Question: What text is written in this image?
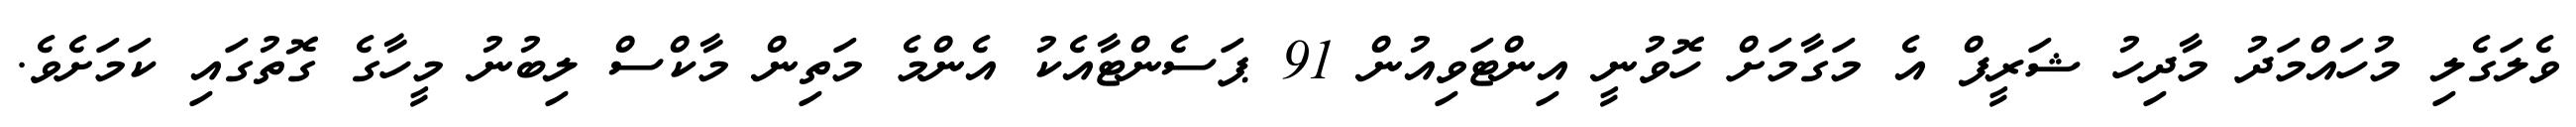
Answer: ވެލަގެލި މުހައްމަދު މާދިހު ޝަރީފް އެ މަގާމަށް ހޮވުނީ އިންޓަވިއުން 91 ޕަސެންޓާއެކު އެންމެ މަތިން މާކްސް ލިބުނު މީހާގެ ގޮތުގައި ކަމަށެވެ.